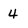
Character: 4